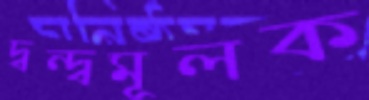
দ্বন্দ্বমূলক